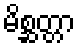
မိစ္ဆတ္တာ